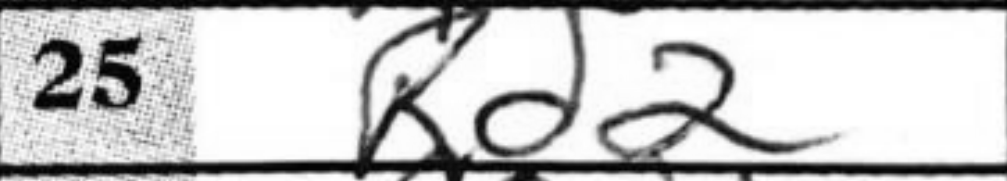
Transcription: Rd2